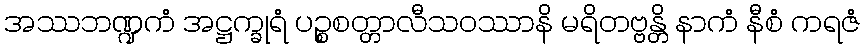
အဿဘဏ္ဍကံ အဋ္ဌက္ခုရံ ပဉ္စစတ္တာလီသဝဿာနိ မရိတဗ္ဗန္တိ နာကံ နီစံ ကရဇံ